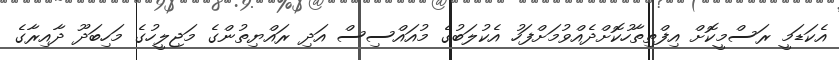
އެކަޑަމީ ރަސްމީކޮށް އިފްތިތާހުކޮށްދެއްވުމަށްފަހު އެކުލަބުގެ މުއައްސިސް އަދި ރައްޔިތުންގެ މަޖިލީހުގެ މަހިބަދޫ ދާއިރާގެ